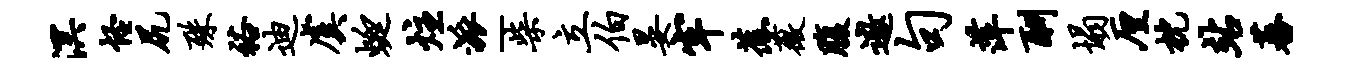
溟怪尻殊裕迪虞蜓炷派-柴立伯晏牢蕉薇腹遨句萍酬塌厘枕站蕃